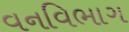
વનવિભાગ